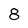
Character: 8